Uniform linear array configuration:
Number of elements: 48
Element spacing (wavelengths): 0.75
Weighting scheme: hann
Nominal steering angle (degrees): -60
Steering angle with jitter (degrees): -59.095
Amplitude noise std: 0.05
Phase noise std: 0.05

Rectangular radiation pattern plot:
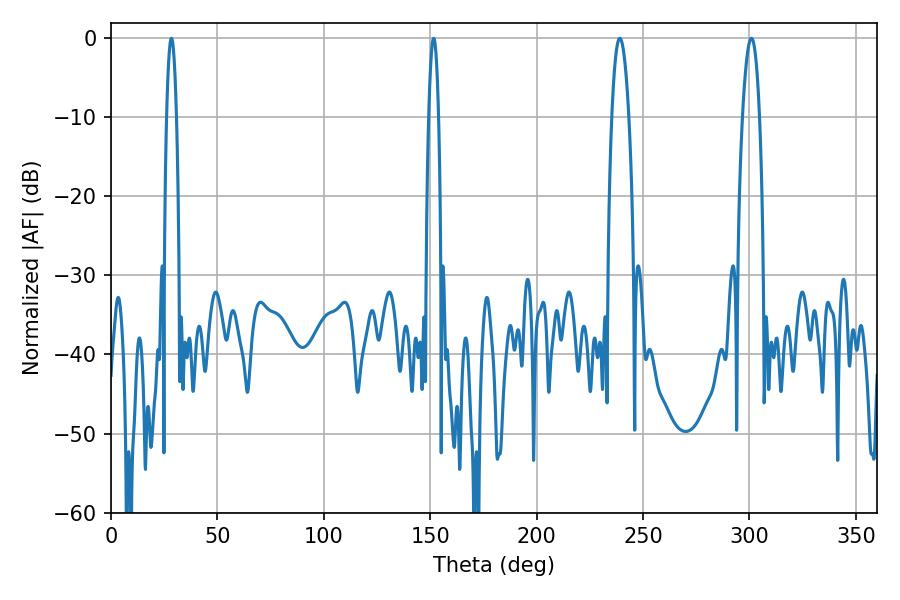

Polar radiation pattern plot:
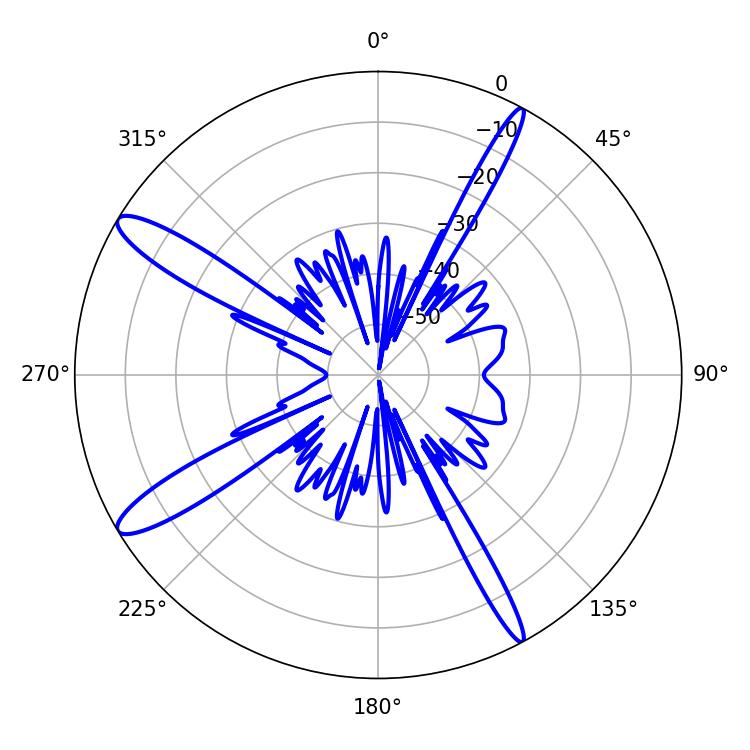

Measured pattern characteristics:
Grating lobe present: TRUE
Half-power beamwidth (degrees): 4.5
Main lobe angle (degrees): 300.96